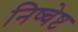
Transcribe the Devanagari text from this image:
निष्चेष्ट